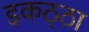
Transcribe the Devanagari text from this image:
इकठ्‌ठा